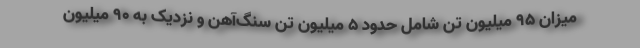
میزان ۹۵ میلیون تن شامل حدود ۵ میلیون تن سنگ‌آهن و نزدیک به ۹۰ میلیون